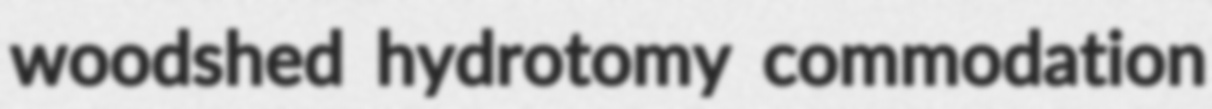
woodshed hydrotomy commodation